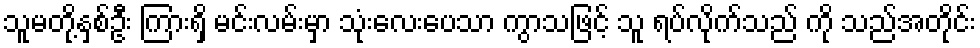
သူမတို့နှစ်ဦး ကြားရှိ မင်းလမ်းမှာ သုံးလေးပေသာ ကွာသဖြင့် သူ ရပ်လိုက်သည် ကို သည်အတိုင်း